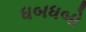
ધબધબો